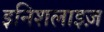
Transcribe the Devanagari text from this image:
इनिशलाइज़